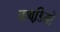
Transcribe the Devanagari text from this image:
बावडि़यों